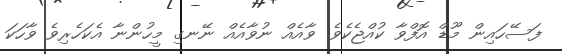
ފަސޭހައިން މޫޑް އޮފްވާ ކުއްޖެކެވެ. ވާއެއް ނުވާއެއް ނޭނގި މީހުންނާ އެކަހެރިވެ ވާހަކަ